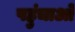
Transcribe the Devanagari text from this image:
पहुंचाओ